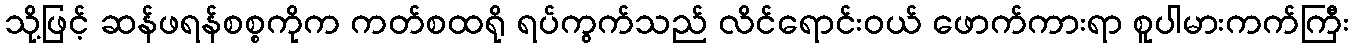
သို့ဖြင့် ဆန်ဖရန်စစ္စကိုက ကတ်စထရို ရပ်ကွက်သည် လိင်ရောင်းဝယ် ဖောက်ကားရာ စူပါမားကက်ကြီး